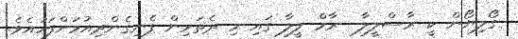
ގޯލިޔޯން ކީ ރާސްލީލާ  ރާމް ލީލާ ގައި މި ދެތަރިން ފެނިގެންދިއުމަށްފަހުއެވެ.